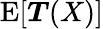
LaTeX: \operatorname{E}[{\boldsymbol{T}}(X)]